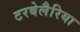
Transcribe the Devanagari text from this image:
टरबेलैरिया